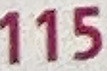
115